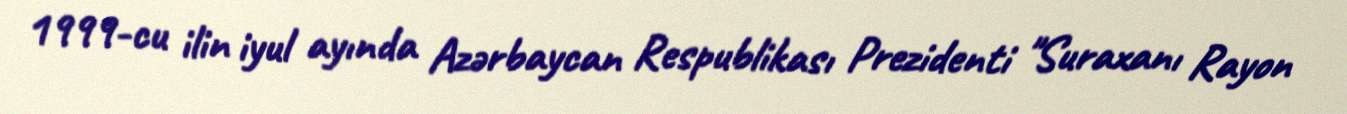
1999-cu ilin iyul ayında Azərbaycan Respublikası Prezidenti "Suraxanı Rayon